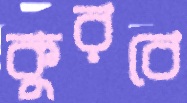
কুরবে